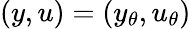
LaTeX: (y,u)=(y_{\theta},u_{\theta})